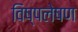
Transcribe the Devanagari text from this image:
विष्पलेषण